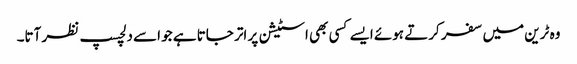
وہ ٹرین میں سفر کرتے ہوئے ایسے کسی بھی اسٹیشن پر اتر جاتا ہے جو اسے دلچسپ نظر آتا۔